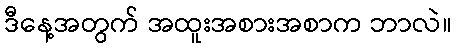
ဒီနေ့အတွက် အထူးအစားအစာက ဘာလဲ။